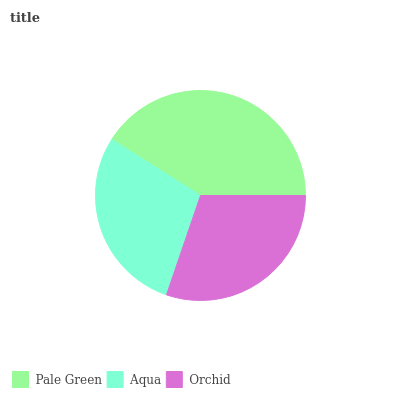
| Pale Green | Aqua | Orchid |
 | --- | --- | --- |
 | 41.1% | 28.7% | 30.3% |